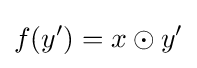
f(y')=x\odot y'